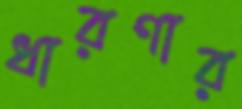
ধারণার